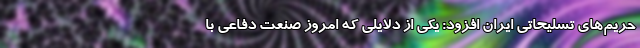
حریم‌های تسلیحاتی ایران افزود: یکی از دلایلی که امروز صنعت دفاعی با